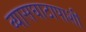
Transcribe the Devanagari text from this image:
व्यासघाटापाशी